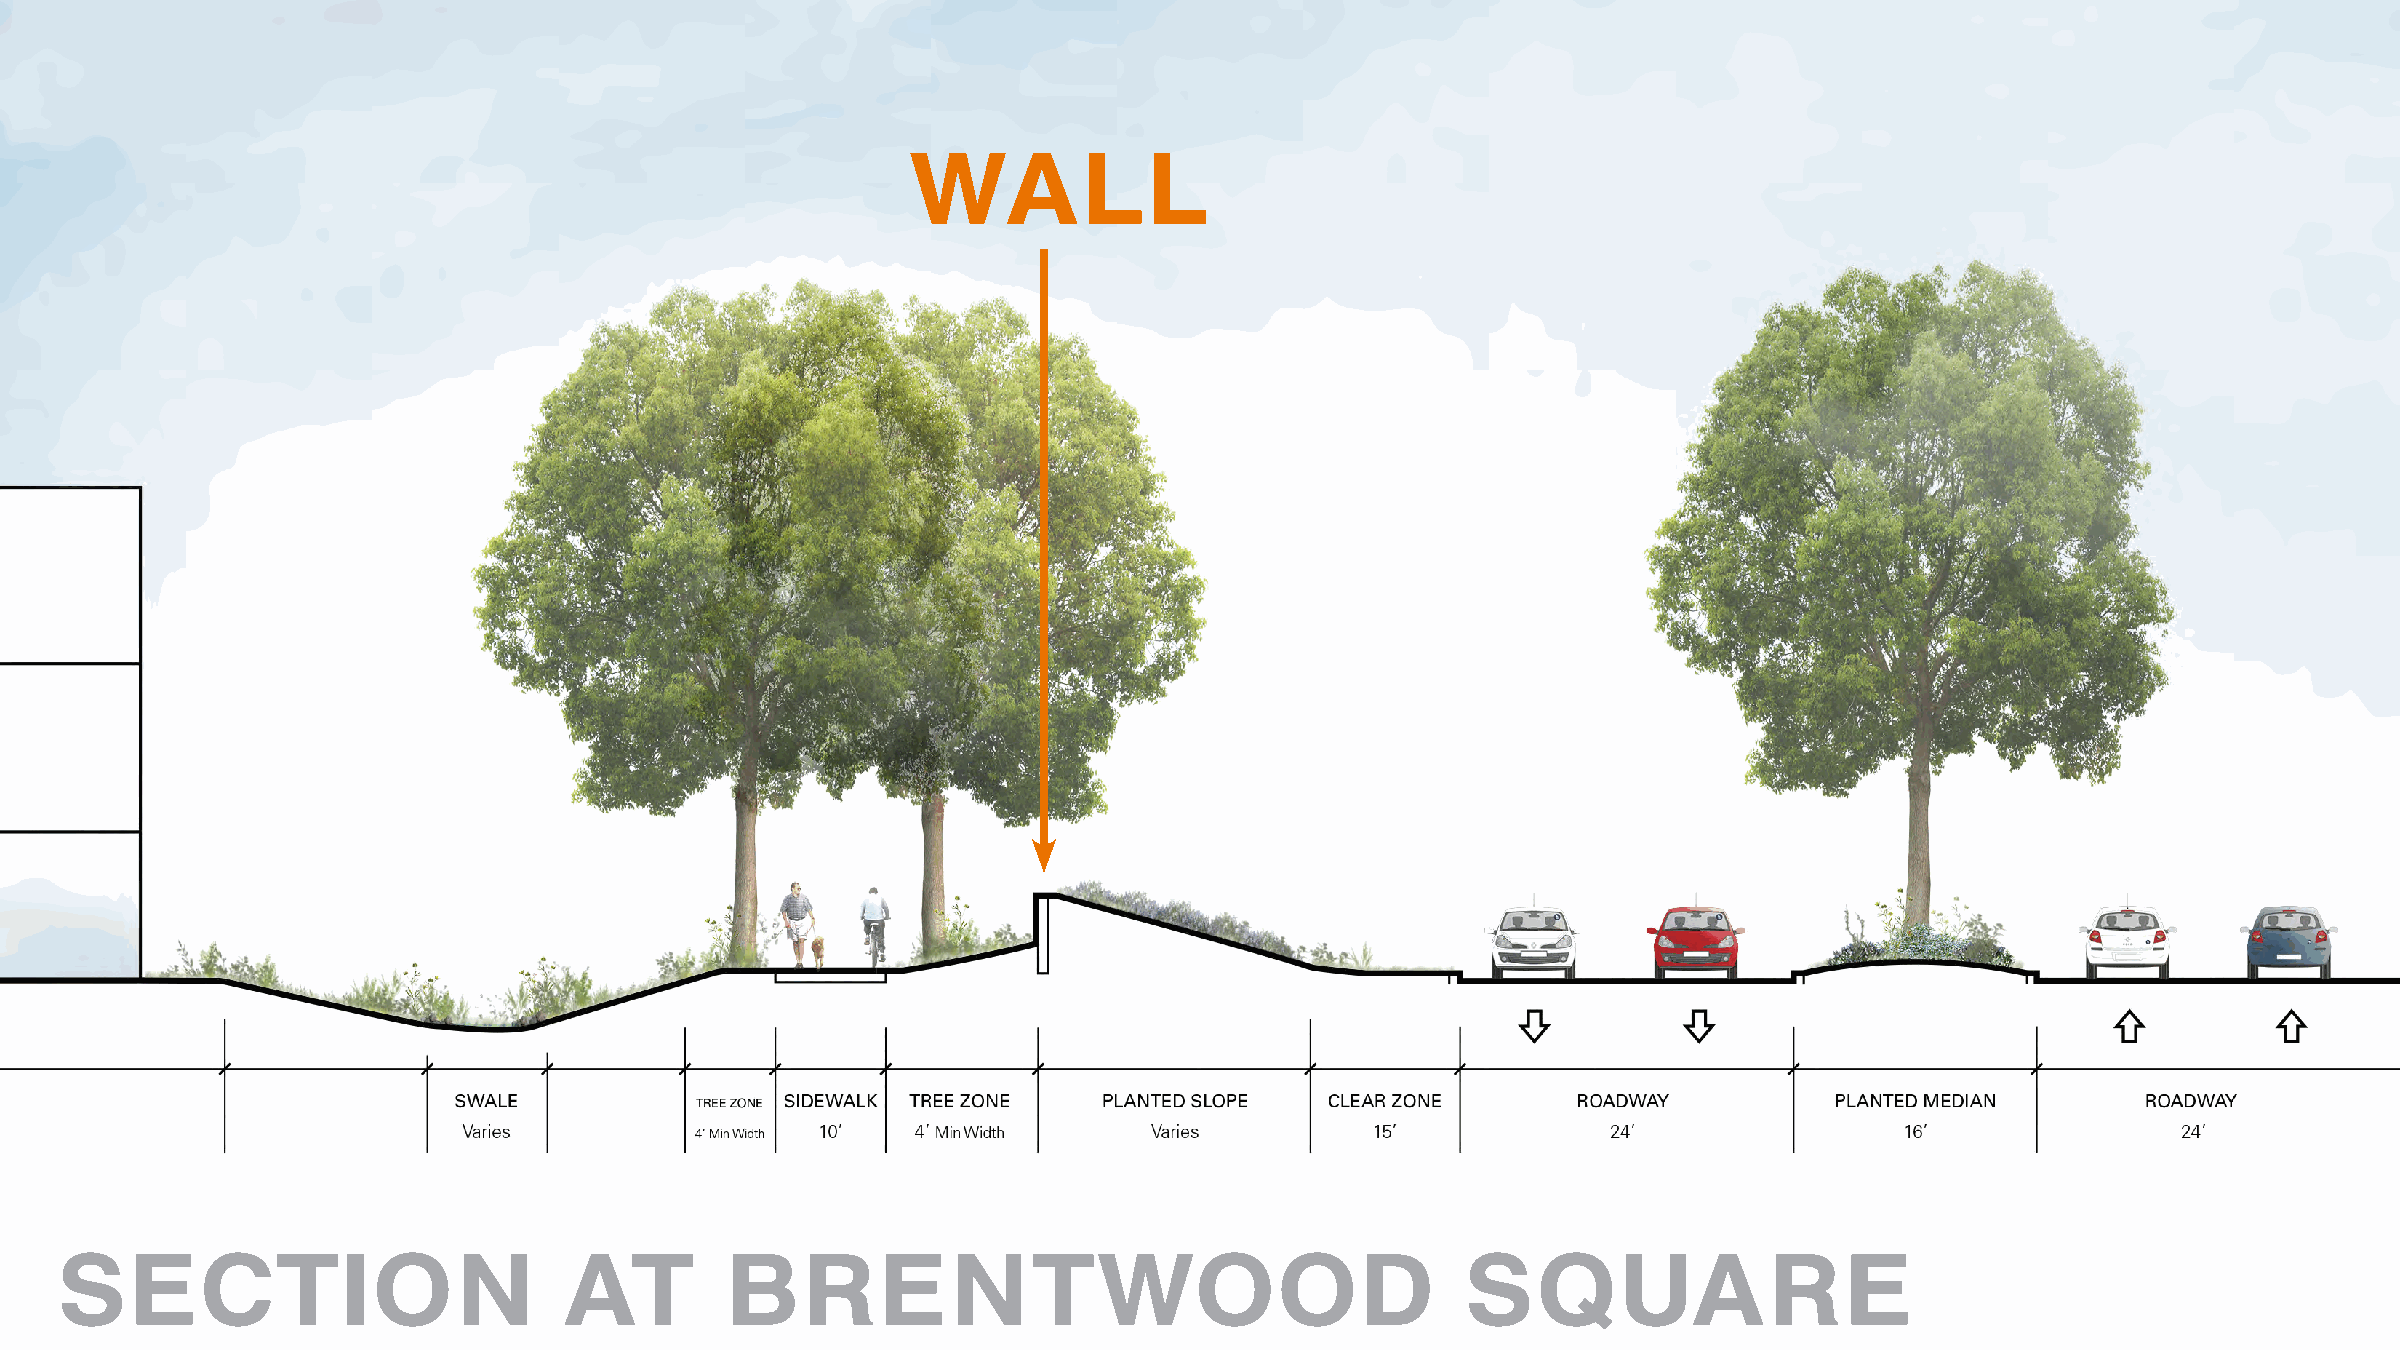
WALL
 SECTION                          AT         BRENTWOOD                                        SQUARE